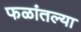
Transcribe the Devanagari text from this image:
फळांतल्या